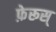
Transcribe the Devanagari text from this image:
फ़ेरूस्